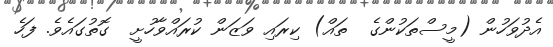
އެދުވަހުން (މީސްތަކުންގެ  ތައް) ކިރައި ވަޒަން ކުރައްވާހުށީ  ގޮތުގައެވެ. ފަހެ